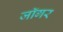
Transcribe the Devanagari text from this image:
जॉगर